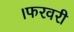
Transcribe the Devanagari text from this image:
।फरवरी